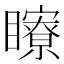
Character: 𥌢